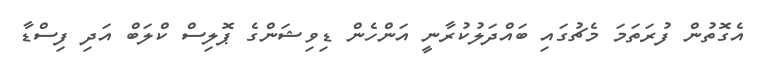
އެގޮތުން ފުރަތަމަ މެޗުގައި ބައްދަލުކުރާނީ އަންހެން ޑިވިޝަންގެ ޕޮލިސް ކްލަބް އަދި ފިސްޑާ